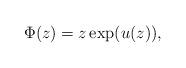
LaTeX: \begin{align*}\Phi(z)=z\exp(u(z)),\end{align*}